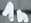
Text: 1n